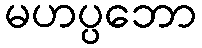
မဟပ္ပဘော